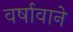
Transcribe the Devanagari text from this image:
वर्षावाने